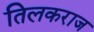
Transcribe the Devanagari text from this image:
तिलकराज